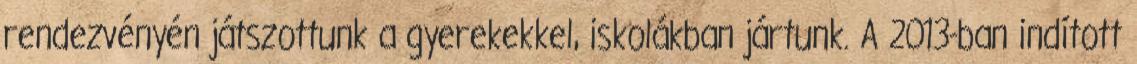
rendezvényén játszottunk a gyerekekkel, iskolákban jártunk. A 2013-ban indított